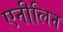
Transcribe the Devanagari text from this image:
एनीलिन